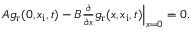
\begin{array} { r } { \left. A g _ { \mathrm { r } } ( 0 , x _ { \mathrm { i } } , t ) - B \frac { \partial } { \partial x } g _ { \mathrm { r } } ( x , x _ { \mathrm { i } } , t ) \right| _ { x = 0 } = 0 . } \end{array}